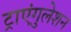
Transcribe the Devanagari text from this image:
ट्राएंगुलेशन